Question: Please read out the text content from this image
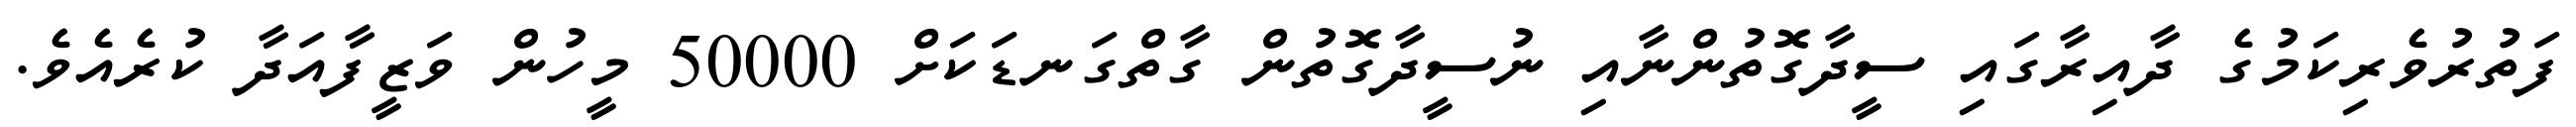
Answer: ފަތުރުވެރިކަމުގެ ދާއިރާގައި ސީދާގޮތުންނާއި ނުސީދާގޮތުން ގާތްގަނޑަކަށް 50000 މީހުން ވަޒީފާއަދާ ކުރެއެވެ.